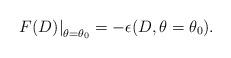
LaTeX: \begin{align*}\left.F(D)\right|_{\theta=\theta_{0}}=-\epsilon(D,\theta=\theta_{0}).\end{align*}